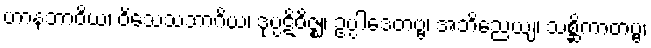
ဟာနဘာဝိယ၊ ဝိသေသဘာဂိယ၊ ဒုပ္ပဋိဝိဇ္ဈ၊ ဥပ္ပါဒေတဗ္ဗ၊ အဘိညေယျ၊ သစ္ဆိကာတဗ္ဗ၊